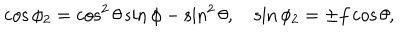
\cos { \phi _ { 2 } } = \cos ^ { 2 } { \theta } \sin { \phi } - \sin ^ { 2 } { \theta } , \quad \sin { \phi _ { 2 } } = \pm f \cos { \theta } ,